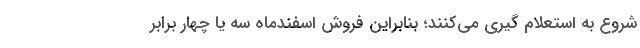
شروع به استعلام گیری می‌کنند؛ بنابراین فروش اسفندماه سه یا چهار برابر